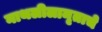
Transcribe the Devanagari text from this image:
नाथलीलामृताचे